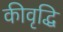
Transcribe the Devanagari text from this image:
कीवृद्धि